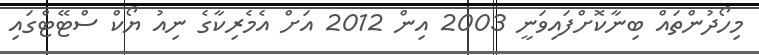
މިހޯދުންތައް ބިނާކޮށްފައިވަނީ 2003 އިން 2012 އަށް އެމެރިކާގެ ނިއު ޔޯކް ސްޓޭޓްގައި